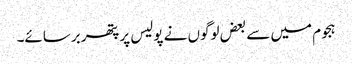
ہجوم میں سے بعض لوگوں نے پولیس پر پتھر برسائے۔